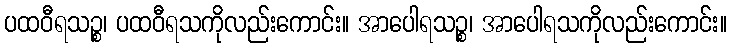
ပထဝီရသဉ္စ၊ ပထဝီရသကိုလည်းကောင်း။ အာပေါရသဉ္စ၊ အာပေါရသကိုလည်းကောင်း။